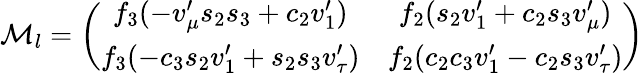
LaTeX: {\cal{M}}_{l}=\left(\begin{array}{cc}{{f_{3}(-v_{\mu}^{\prime}s_{2}s_{3}+c_{2}v_{1}^{\prime})}}&{{f_{2}(s_{2}v_{1}^{\prime}+c_{2}s_{3}v_{\mu}^{\prime})}}\\ {{f_{3}(-c_{3}s_{2}v_{1}^{\prime}+s_{2}s_{3}v_{\tau}^{\prime})}}&{{f_{2}(c_{2}c_{3}v_{1}^{\prime}-c_{2}s_{3}v_{\tau}^{\prime})}}\end{array}\right)